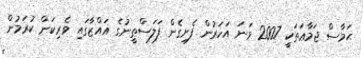
ޙަމާސް ޖަމާޢަތަކީ 2007 ވަނަ އަހަރުން ފެށިގެން ފަލަސްޠީނުގެ ޣައްޒާގައި ވެރިކަން ކުރަމުން